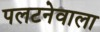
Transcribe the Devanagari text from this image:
पलटनेवाला